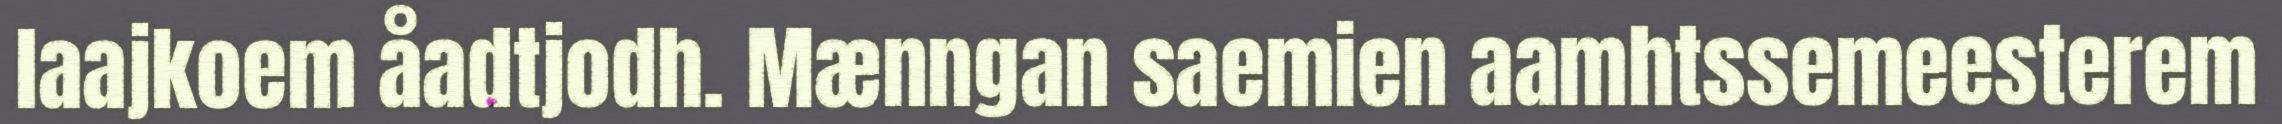
laajkoem åadtjodh. Mænngan saemien aamhtssemeesterem